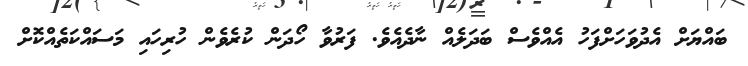
ބައްޔަށް އެދުވަހަށްފަހު އެއްވެސް ބަދަލެއް ނާދެއެވެ. ފަރުވާ ހޯދަން ކުރެވެން ހުރިހައި މަސައްކަތެއްކޮށް